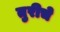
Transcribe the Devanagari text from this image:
तुरीचे